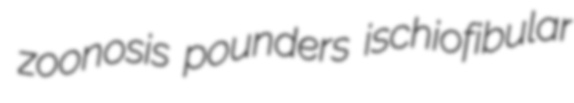
zoonosis pounders ischiofibular